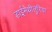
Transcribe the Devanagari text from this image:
डाईमेथीलुरिया